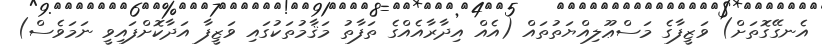
އެނގޭގޮތަށް) ވަޒީފާގެ މަސްޢޫލިއްޔަތުތައް (އެއް އިދާރާއެއްގެ ތަފާތު މަޤާމުތަކުގައި ވަޒީފާ އަދާކޮށްފައިވީ ނަމަވެސް)